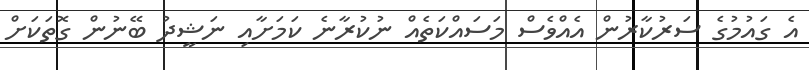
އެ ގައުމުގެ ސަރުކާރުން އެއްވެސް މަސައްކަތެއް ނުކުރާނެ ކަމަށާއި ނަޝީދު ބޭނުން ގޮތަކަށް